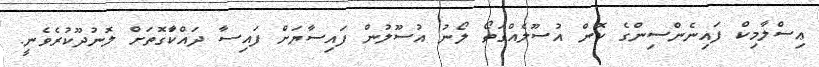
ޢިސްލާމިކް ފައިނެންސިންގެ ކޮން އުސޫލެއްގަތޯ ލޯނު އުސޫލުން ފައިސާޔަށް ފައިސާ ދައްކަާގޮތަށް ލޮނުދޫކުރެވެނީ.